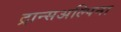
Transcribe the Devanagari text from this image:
ट्रान्सअल्पिना